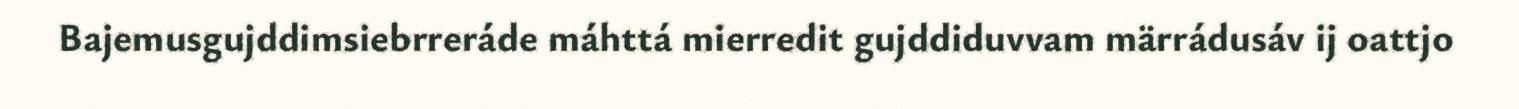
Bajemusgujddimsiebrreráde máhttá mierredit gujddiduvvam märrádusáv ij oattjo